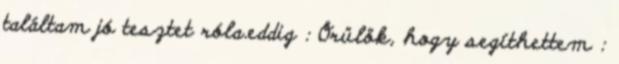
találtam jó tesztet róla.eddig : Örülök, hogy segíthettem :